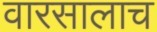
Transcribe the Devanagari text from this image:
वारसालाच